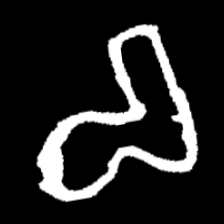
Pyu character \u2014 Myanmar letter: စ (romanized: ca)